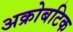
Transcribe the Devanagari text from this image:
अक्रोबटिक